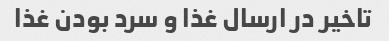
تاخیر در ارسال غذا و سرد بودن غذا